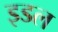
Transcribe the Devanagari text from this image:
इडल